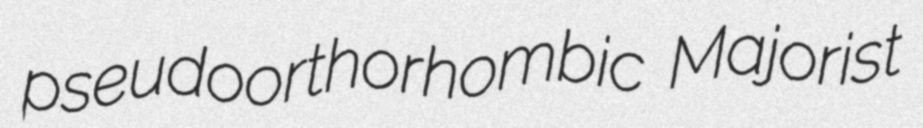
pseudoorthorhombic Majorist